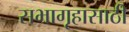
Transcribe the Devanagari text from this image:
सभागृहासाठी